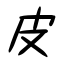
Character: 皮